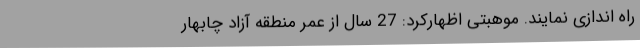
راه اندازی نمایند. موهبتی اظهارکرد: 27 سال از عمر منطقه آزاد چابهار